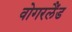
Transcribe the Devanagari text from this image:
वोगरलैंड